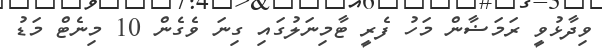
ވިދާޅުވީ ރަމަޟާން މަހު ފެރީ ޓާމިނަލުގައި ގިނަ ވެގެން 10 މިނެޓް މަޑު